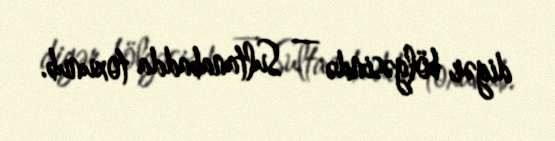
digər bölgəsində — Sultanabadda toxunub.